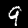
Digit: 9